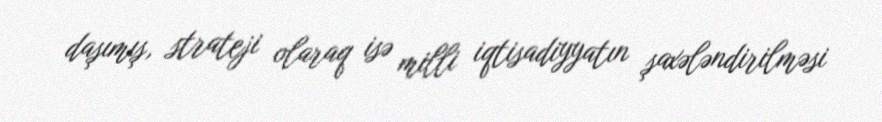
daşımış, strateji olaraq isə milli iqtisadiyyatın şaxələndirilməsi